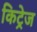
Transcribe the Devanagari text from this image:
किट्रेज